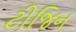
ટીજિન